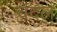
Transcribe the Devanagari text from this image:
चंदल